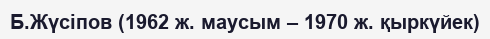
Б.Жүсіпов (1962 ж. маусым – 1970 ж. қыркүйек)